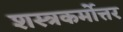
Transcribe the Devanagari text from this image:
शस्त्रकर्मोत्तर